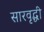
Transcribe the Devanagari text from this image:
सारवृद्धी